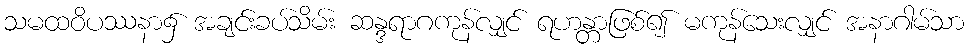
သမထဝိပဿနာ၌ အချင်းခပ်သိမ်း ဆန္ဒရာဂကုန်လျှင် ရဟန္တာဖြစ်၍ မကုန်သေးလျှင် အနာဂါမ်သာ